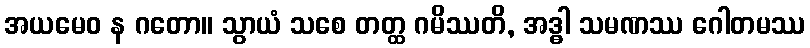
အယမေဝ န ဂတော။ သွာယံ သစေ တတ္ထ ဂမိဿတိ, အဒ္ဓါ သမဏဿ ဂေါတမဿ